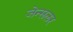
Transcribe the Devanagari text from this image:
जेन्सलर